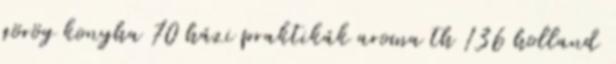
görög konyha 70 házi praktikák aroma th 136 holland